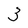
Character: 3